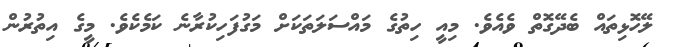
ލޭހޮޅިތައް ބެދޭގޮތް ވެއެވެ. މިއީ ހިތުގެ މައްސަލަތަކަށް މަގުފަހިކުރާނެ ކަމެކެވެ. މީގެ އިތުރުން